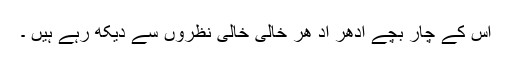
اس کے چار بچے ادھر اد ھر خالی خالی نظروں سے دیکھ رہے ہیں ۔